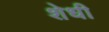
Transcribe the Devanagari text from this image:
शेधी